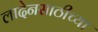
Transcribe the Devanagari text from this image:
लादेनसाठीच्या